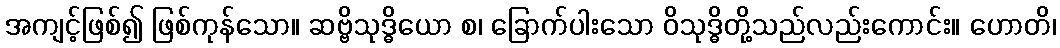
အကျင့်ဖြစ်၍ ဖြစ်ကုန်သော။ ဆဗ္ဗိသုဒ္ဓိယော စ၊ ခြောက်ပါးသော ဝိသုဒ္ဓိတို့သည်လည်းကောင်း။ ဟောတိ၊